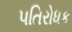
પતિરોધક